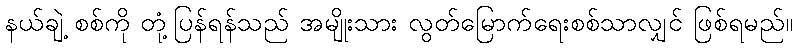
နယ်ချဲ့ စစ်ကို တုံ့ပြန်ရန်သည် အမျိုးသား လွတ်မြောက်ရေးစစ်သာလျှင် ဖြစ်ရမည်။